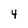
Character: 4